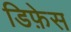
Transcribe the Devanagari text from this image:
डिफ़ेस